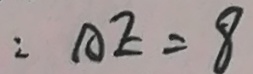
2 A E = 8